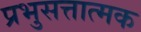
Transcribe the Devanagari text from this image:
प्रभुसत्तात्मक